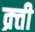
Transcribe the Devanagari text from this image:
क्र्ती